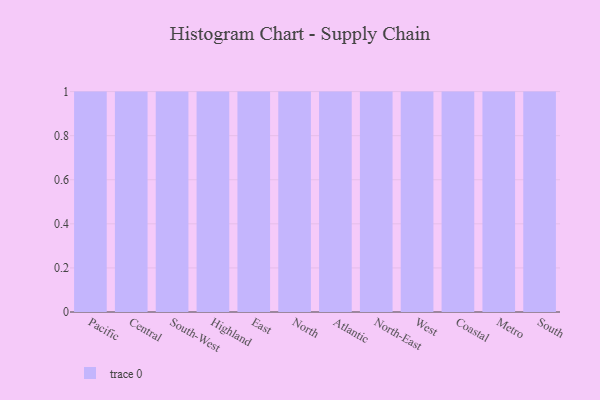
{"axis": {"x": "Region", "y": "Latency (ms)"}, "legend": [""], "data": [{"x": "Pacific", "y": 56, "type": ""}, {"x": "Central", "y": 28, "type": ""}, {"x": "South-West", "y": 68, "type": ""}, {"x": "Highland", "y": 53, "type": ""}, {"x": "East", "y": 10, "type": ""}, {"x": "North", "y": 55, "type": ""}, {"x": "Atlantic", "y": 55, "type": ""}, {"x": "North-East", "y": 6, "type": ""}, {"x": "West", "y": 89, "type": ""}, {"x": "Coastal", "y": 84, "type": ""}, {"x": "Metro", "y": 31, "type": ""}, {"x": "South", "y": 71, "type": ""}]}